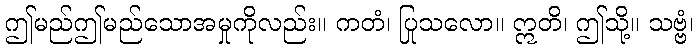
ဤမည်ဤမည်သောအမှုကိုလည်း။ ကတံ၊ ပြုသလော။ ဣတိ၊ ဤသို့။ သဗ္ဗံ၊